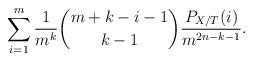
LaTeX: \begin{align*}\sum_{i=1}^m \frac{1}{m^k} \binom{m + k - i - 1 }{ k - 1 } \frac{P_{X/T}(i)}{ m^{2n-k-1} }.\end{align*}